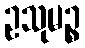
ဥသုမဉ္စ